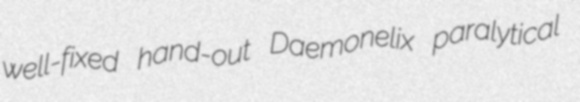
well-fixed hand-out Daemonelix paralytical